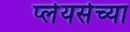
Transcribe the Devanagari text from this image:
प्लेयर्सच्या